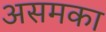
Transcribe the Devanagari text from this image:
असमका